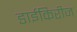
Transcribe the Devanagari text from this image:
डाईकिरीज